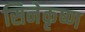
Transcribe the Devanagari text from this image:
सिनेकृष्ण